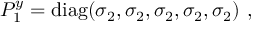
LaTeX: P _ { 1 } ^ { y } = \mathrm { d i a g } ( \sigma _ { 2 } , \sigma _ { 2 } , \sigma _ { 2 } , \sigma _ { 2 } , \sigma _ { 2 } ) ~ , ~ \,